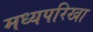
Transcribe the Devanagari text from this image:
मध्यपरिखा